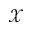
\mathcal { X }